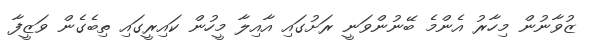
ޒުވާނުން މިހާރު އެންމެ ބޭނުންވަނީ ރަށުގައި އާއިލާ މީހުން ކައިރީގައި ތިބެގެން ވަޒީފާ